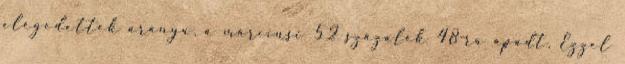
elégedettek aránya, a márciusi 52 százalék 48-ra apadt. Ezzel